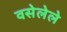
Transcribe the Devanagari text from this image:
वसेलेले